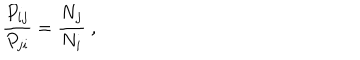
LaTeX: { \frac { P _ { i j } } { P _ { j i } } } = { \frac { N _ { j } } { N _ { i } } } ~ ,